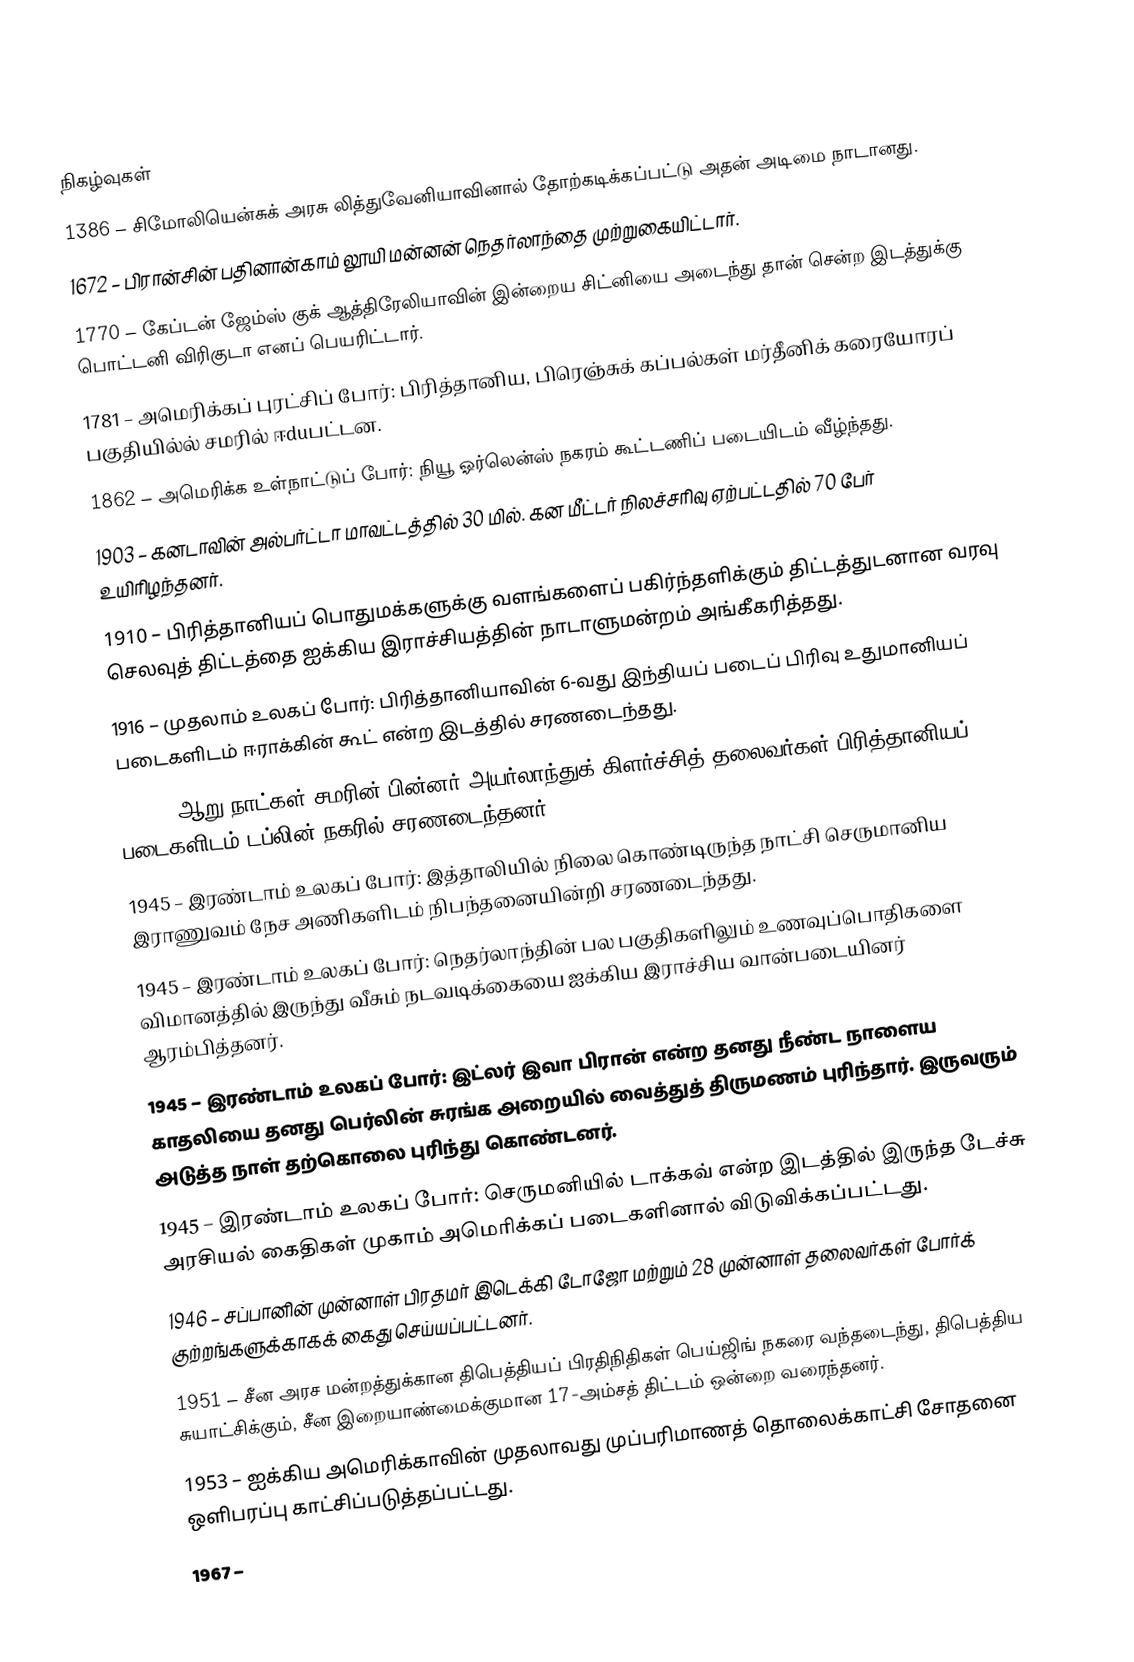

நிகழ்வுகள்
1386 – சிமோலியென்சுக் அரசு லித்துவேனியாவினால் தோற்கடிக்கப்பட்டு அதன் அடிமை நாடானது.
1672 – பிரான்சின் பதினான்காம் லூயி மன்னன் நெதர்லாந்தை முற்றுகையிட்டார்.
1770 – கேப்டன் ஜேம்ஸ் குக் ஆத்திரேலியாவின் இன்றைய சிட்னியை அடைந்து தான் சென்ற இடத்துக்கு பொட்டனி விரிகுடா எனப் பெயரிட்டார்.
1781 – அமெரிக்கப் புரட்சிப் போர்: பிரித்தானிய, பிரெஞ்சுக் கப்பல்கள் மர்தீனிக் கரையோரப் பகுதியில்ல் சமரில் ஈduபட்டன.
1862 – அமெரிக்க உள்நாட்டுப் போர்: நியூ ஓர்லென்ஸ் நகரம் கூட்டணிப் படையிடம் வீழ்ந்தது.
1903 – கனடாவின் அல்பர்ட்டா மாவட்டத்தில் 30 மில். கன மீட்டர் நிலச்சரிவு ஏற்பட்டதில் 70 பேர் உயிரிழந்தனர்.
1910 – பிரித்தானியப் பொதுமக்களுக்கு வளங்களைப் பகிர்ந்தளிக்கும் திட்டத்துடனான வரவு செலவுத் திட்டத்தை ஐக்கிய இராச்சியத்தின் நாடாளுமன்றம் அங்கீகரித்தது.
1916 – முதலாம் உலகப் போர்: பிரித்தானியாவின் 6-வது இந்தியப் படைப் பிரிவு உதுமானியப் படைகளிடம் ஈராக்கின் கூட் என்ற இடத்தில் சரணடைந்தது.
1916 – ஆறு நாட்கள் சமரின் பின்னர் அயர்லாந்துக் கிளர்ச்சித் தலைவர்கள் பிரித்தானியப் படைகளிடம் டப்லின் நகரில் சரணடைந்தனர்.
1945 – இரண்டாம் உலகப் போர்: இத்தாலியில் நிலை கொண்டிருந்த நாட்சி செருமானிய இராணுவம் நேச அணிகளிடம் நிபந்தனையின்றி சரணடைந்தது.
1945 – இரண்டாம் உலகப் போர்: நெதர்லாந்தின் பல பகுதிகளிலும் உணவுப்பொதிகளை விமானத்தில் இருந்து வீசும் நடவடிக்கையை ஐக்கிய இராச்சிய வான்படையினர் ஆரம்பித்தனர்.
1945 – இரண்டாம் உலகப் போர்: இட்லர் இவா பிரான் என்ற தனது நீண்ட நாளைய காதலியை தனது பெர்லின் சுரங்க அறையில் வைத்துத் திருமணம் புரிந்தார். இருவரும் அடுத்த நாள் தற்கொலை புரிந்து கொண்டனர்.
1945 – இரண்டாம் உலகப் போர்: செருமனியில் டாக்கவ் என்ற இடத்தில் இருந்த டேச்சு அரசியல் கைதிகள் முகாம் அமெரிக்கப் படைகளினால் விடுவிக்கப்பட்டது.
1946 – சப்பானின் முன்னாள் பிரதமர் இடெக்கி டோஜோ மற்றும் 28 முன்னாள் தலைவர்கள் போர்க் குற்றங்களுக்காகக் கைது செய்யப்பட்டனர்.
1951 – சீன அரச மன்றத்துக்கான திபெத்தியப் பிரதிநிதிகள் பெய்ஜிங் நகரை வந்தடைந்து, திபெத்திய சுயாட்சிக்கும், சீன இறையாண்மைக்குமான 17-அம்சத் திட்டம் ஒன்றை வரைந்தனர்.
1953 – ஐக்கிய அமெரிக்காவின் முதலாவது முப்பரிமாணத் தொலைக்காட்சி சோதனை ஒளிபரப்பு காட்சிப்படுத்தப்பட்டது.
1967 –